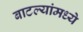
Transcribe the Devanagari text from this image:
बाटल्यांमध्ये